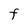
Character: F